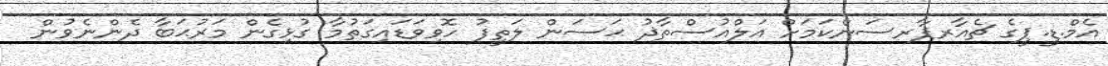
އެމް.ޑީ.ޕީގެ ޗެއާރޕާރސަންކަމަށް އަލްއުސްތާޛު ޙަސަން ލަތީފު ހޮވިވަޑައިގަތުމާ ގުޅިގެން މަރުޙަބާ ދެންނެވުން